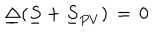
\underline { { \Delta } } ( \underline { { S } } + \underline { { S } } _ { P V } ) \, = \, 0